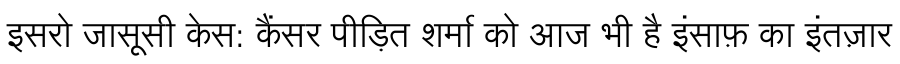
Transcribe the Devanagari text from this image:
इसरो जासूसी केस: कैंसर पीड़ित शर्मा को आज भी है इंसाफ़ का इंतज़ार